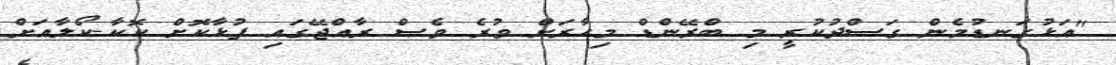
"އަޅުގަނޑުމެން ގަސްދުކުރީ މި ބްރޭންޑް މިހާރަށް ވުރެ ވެސް ރާއްޖޭގައި ފުޅާކޮށް ކޮކާ-ކޯލާއަށް